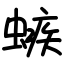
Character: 螏